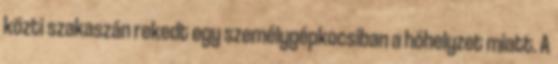
közti szakaszán rekedt egy személygépkocsiban a hóhelyzet miatt. A